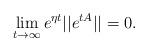
LaTeX: \begin{align*}\lim_{t\rightarrow \infty} e^{\eta t}||e^{tA}||=0.\end{align*}